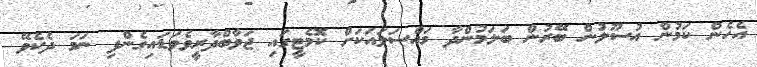
އެހެން ކަމުން އުސޫލުން ބޭރުން ބަލަމުންދާ މައްސަލައަކަށް ކޮމެޓީގައި ޖަވާބްދާރީވެވަޑައިގެންފި ނަމަ ދެކެވޭ